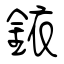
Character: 銥